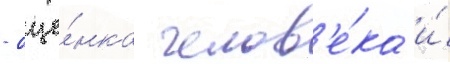
- оце́нка челов'е́ка и́